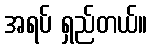
အရပ် ရှည်တယ်။